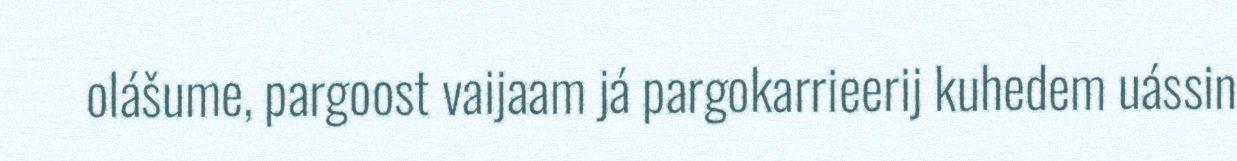
olášume, pargoost vaijaam já pargokarrieerij kuhedem uássin